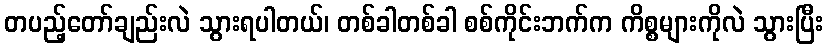
တပည့်တော်ချည်းလဲ သွားရပါတယ်၊ တစ်ခါတစ်ခါ စစ်ကိုင်းဘက်က ကိစ္စများကိုလဲ သွားပြီး